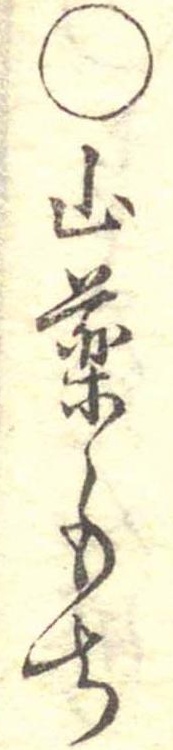
○山薬もち